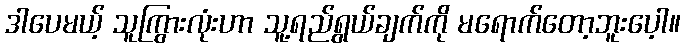
ဒါပေမယ့် သူကြွားလုံးဟာ သူ့ရည်ရွယ်ချက်ကို မရောက်တော့ဘူးပေ့ါ။